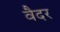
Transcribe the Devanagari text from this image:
वैदर